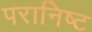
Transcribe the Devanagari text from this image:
परानिष्ट